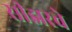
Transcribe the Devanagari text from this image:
सीझरचे